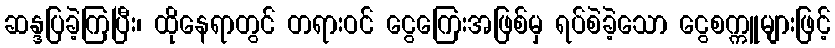
ဆန္ဒပြခဲ့ကြပြီး၊ ထိုနေရာတွင် တရားဝင် ငွေကြေးအဖြစ်မှ ရပ်စဲခဲ့သော ငွေစက္ကူများဖြင့်